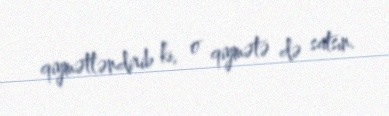
qiymətləndirib ki, o qiymətə də satsın.